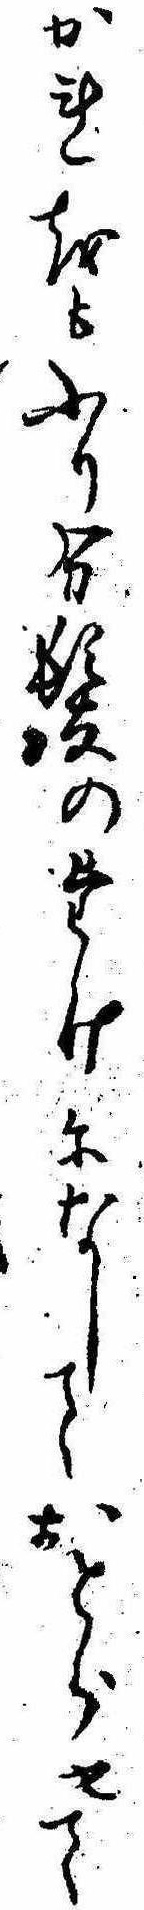
かれをもふり分髪のたけになしておとらせて